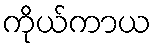
ကိုယ်ကာယ